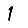
Digit: 1